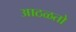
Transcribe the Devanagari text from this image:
आठळतो